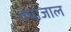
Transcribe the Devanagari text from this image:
वपाजाल